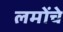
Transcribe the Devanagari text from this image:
लमोंचे